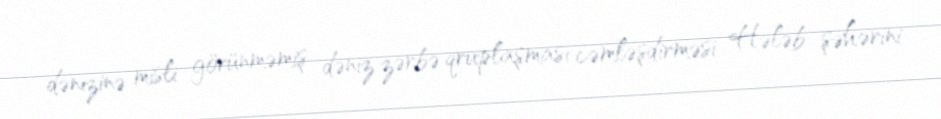
dənizinə misli görünməmiş dəniz zərbə qruplaşması cəmləşdirməsi Hələb şəhərini